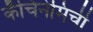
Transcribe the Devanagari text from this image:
कॅचिनेमिची